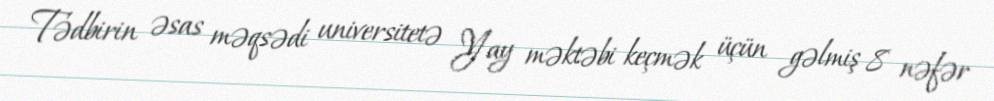
Tədbirin əsas məqsədi universitetə Yay məktəbi keçmək üçün gəlmiş 8 nəfər